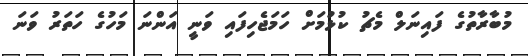
މުބާރާތުގެ ފައިނަލް މެޗު ކުޅުމަށް ހަމަޖެހިފައި ވަނީ އަންނަ މަހުގެ ހަތަރު ވަނަ